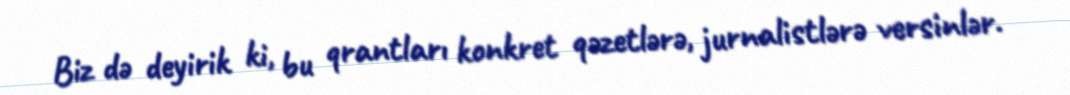
Biz də deyirik ki, bu qrantları konkret qəzetlərə, jurnalistlərə versinlər.